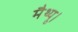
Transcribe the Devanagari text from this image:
मैथ्यू।